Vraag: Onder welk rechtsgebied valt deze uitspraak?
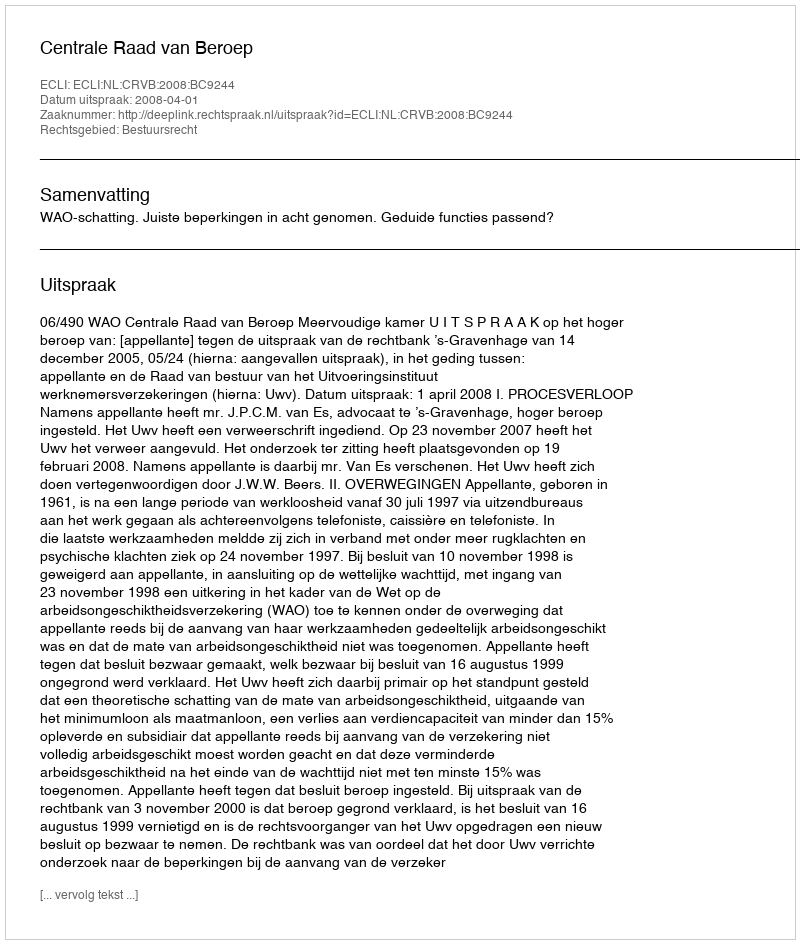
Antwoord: Bestuursrecht